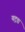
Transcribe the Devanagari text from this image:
यद्रश्च